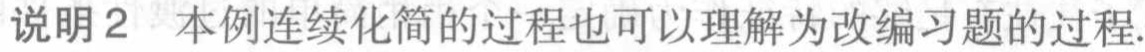
说明2 本例连续化简的过程也可以理解为改编习题的过程.